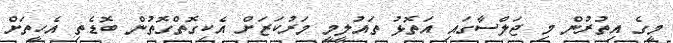
މީގެ އިތުރުން މި ޖަލްސާގައި އަތޮޅު ތައުލީމީ މަރުކަޒަށް އެކިގޮތްގޮތުން ބޮޑެތި އެހީތަށް